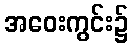
အဝေးကွင်း၌